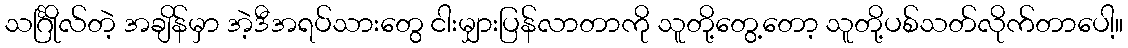
သင်္ဂြိုလ်တဲ့ အချိန်မှာ အဲ့ဒီအရပ်သားတွေ ငါးမျှားပြန်လာတာကို သူတို့တွေ့တော့ သူတို့ပစ်သတ်လိုက်တာပေါ့။